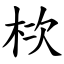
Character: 栨